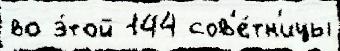
во э́той 144 сов'е́тн'ицы